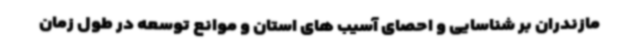
مازندران بر شناسایی و احصای آسیب های استان و موانع توسعه در طول زمان